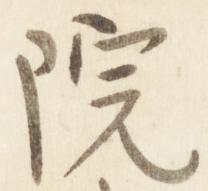
院